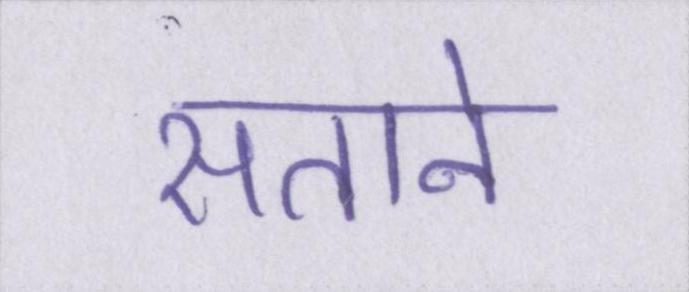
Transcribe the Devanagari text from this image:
सताने